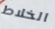
الخلاط